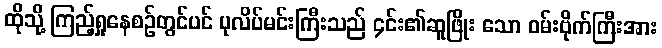
ထိုသို့ ကြည့်ရှုနေစဉ်တွင်ပင် ပုလိပ်မင်းကြီးသည် ၄င်း၏ဆူဖြိုး သော ဝမ်းဗိုက်ကြီးအား